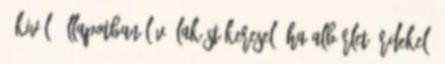
Kiváló állapotban lévő lakást keresel? Ha albérlet érdekel,